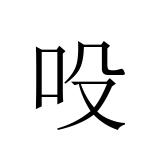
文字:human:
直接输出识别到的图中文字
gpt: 吺